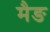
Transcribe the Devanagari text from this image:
मैङ